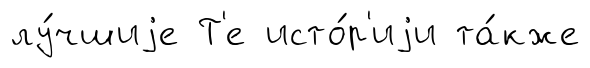
лу́чшиjе Т'е исто́р'иjи та́кже